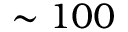
\sim 1 0 0